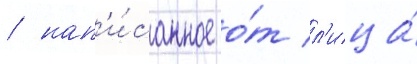
/ нап'и́санное о́т л'ица́